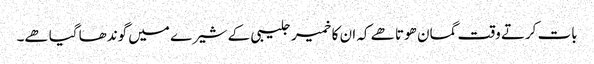
بات کرتے وقت گمان ھوتا ھے کہ ان کا خمیر جلیبی کے شیرے میں گوندھا گیا ھے۔